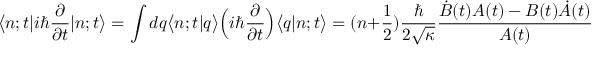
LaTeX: \bigl < n ; t | i \hbar \frac { \partial } { \partial t } | n ; t \bigr > = \int d q \bigl < n ; t | q \bigr > \Bigl ( i \hbar \frac { \partial } { \partial t } \Bigr ) \bigl < q | n ; t \bigr > = ( n + \frac { 1 } { 2 } ) \frac { \hbar } { 2 \sqrt { \kappa } } \frac { \dot { B } ( t ) A ( t ) - B ( t ) \dot { A } ( t ) } { A ( t ) } ,